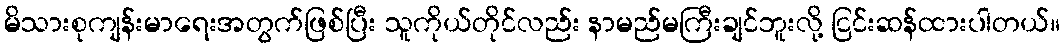
မိသားစုကျန်းမာရေးအတွက်ဖြစ်ပြီး သူကိုယ်တိုင်လည်း နာမည်မကြီးချင်ဘူးလို့ ငြင်းဆန်ထားပါတယ်။